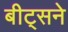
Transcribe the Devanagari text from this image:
बीट्सने